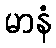
မာနံ